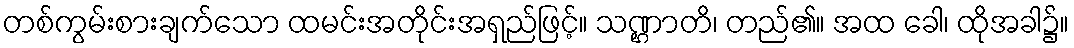
တစ်ကွမ်းစားချက်သော ထမင်းအတိုင်းအရှည်ဖြင့်။ သဏ္ဌာတိ၊ တည်၏။ အထ ခေါ၊ ထိုအခါ၌။